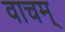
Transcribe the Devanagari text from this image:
वाचम्